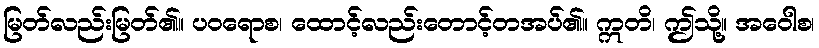
မြတ်လည်းမြတ်၏။ ပဝရောစ၊ ထောင့်လည်းတောင့်တအပ်၏။ ဣတိ၊ ဤသို့။ အဝေါစ၊